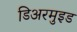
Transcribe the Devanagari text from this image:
डिअरमुइड